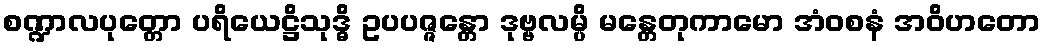
စဏ္ဍာလပုတ္တော ပရိယေဋ္ဌိသုဒ္ဓိ ဥပပဇ္ဇန္တော ဒုဗ္ဗလမ္ပိ မန္တေတုကာမော အံဝစနံ အဝိဟတော